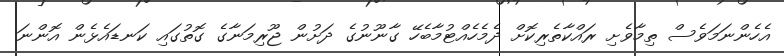
އެހެންނަމަވެސް ތިމާވެށި ރައްކާތެރިކޮށް ދެމެހެއްޓުމާބެހޭ ގާނޫނުގެ ދަށުން ޖޫރިމަނާގެ ގޮތުގައި ކަނޑައެޅެން އޮންނަ